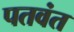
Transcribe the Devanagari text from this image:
पतवंत